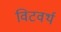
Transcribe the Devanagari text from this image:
विटवर्थ